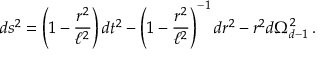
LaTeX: d s ^ { 2 } = \left( 1 - \frac { r ^ { 2 } } { \ell ^ { 2 } } \right) d t ^ { 2 } - \left( 1 - \frac { r ^ { 2 } } { \ell ^ { 2 } } \right) ^ { - 1 } d r ^ { 2 } - r ^ { 2 } d \Omega _ { d - 1 } ^ { 2 } \, .